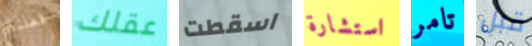
فعلناه عقلك اسقطت استشارة تامر قبل